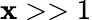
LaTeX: \mathbf{x}>>1